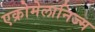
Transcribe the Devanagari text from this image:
एक्रोमेलानिज्म